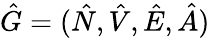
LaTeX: \hat{G}=(\hat{N},\hat{V},\hat{E},\hat{A})